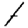
Digit: 1